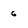
Character: 6